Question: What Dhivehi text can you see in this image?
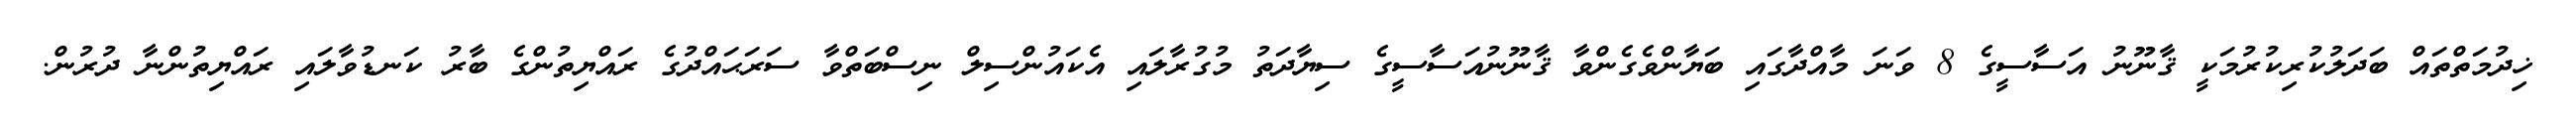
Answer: ޚިދުމަތްތައް ބަދަލުކުރިކުރުމަކީ ޤާނޫނު އަސާސީގެ 8 ވަނަ މާއްދާގައި ބަޔާންވެގެންވާ ޤާނޫނުއަސާސީގެ ސިޔާދަތު މުގުރާލައި އެކައުންސިލް ނިސްބަތްވާ ސަރަޙައްދުގެ ރައްޔިތުންގެ ބާރު ކަނޑުވާލައި ރައްޔިތުންނާ ދުރުން.